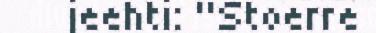
jeehti: "Stoerre